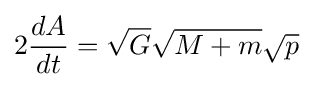
2{\frac {dA}{dt}}={\sqrt {G}}{\sqrt {M+m}}{\sqrt {p}}